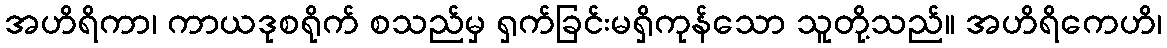
အဟိရိကာ၊ ကာယဒုစရိုက် စသည်မှ ရှက်ခြင်းမရှိကုန်သော သူတို့သည်။ အဟိရိကေဟိ၊